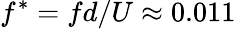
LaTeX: f^{*}=fd/U\approx 0.011